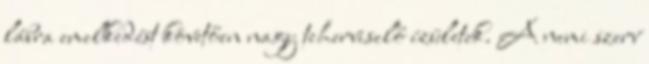
lábra emelkedést követően nagy teherviselő ízületek. A nemi szerv